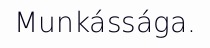
Munkássága.